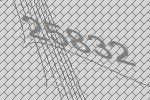
25832